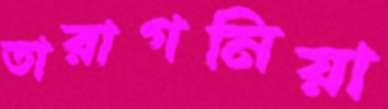
তারাগনিয়া